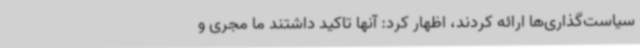
سیاست‌گذاری‌ها ارائه کردند، اظهار کرد: آنها تاکید داشتند ما مجری و